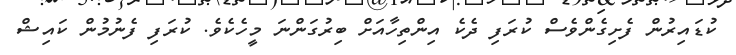
ކުޑައިރުން ފެށިގެންވެސް ކުރަފި ދެކެ އިންތިހާއަށް ބިރުގަންނަ މީހެކެވެ. ކުރަފި ފެނުމުން ކައިޝް